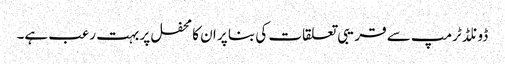
ڈونلڈ ٹرمپ سے قریبی تعلقات کی بنا پر ان کا محفل پر بہت رعب ہے۔